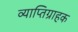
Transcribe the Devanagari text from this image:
व्याप्तिग्राहक